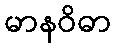
မာနဝိဓာ